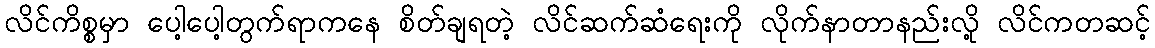
လိင်ကိစ္စမှာ ပေါ့ပေါ့တွက်ရာကနေ စိတ်ချရတဲ့ လိင်ဆက်ဆံရေးကို လိုက်နာတာနည်းလို့ လိင်ကတဆင့်